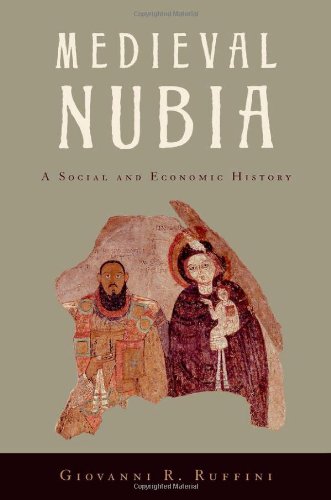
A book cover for Medieval Nubia: A Social and Economic History; Giovanni R. Ruffini; History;